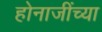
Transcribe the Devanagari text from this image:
होनाजींच्या